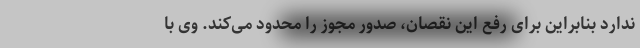
ندارد بنابراین برای رفع این نقصان، صدور مجوز را محدود می‌کند. وی با